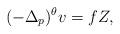
LaTeX: \begin{align*}(-\Delta_p)^\theta v=f Z,\end{align*}